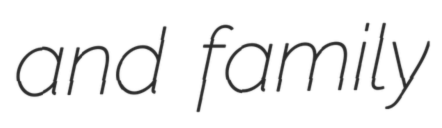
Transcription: and family